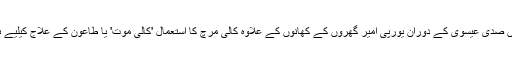
اس مصالحے کا یورپ میں استعمال رومن دور میں شروع ہوا تھا البتہ پندرویں صدی عیسوی کے دوران یورپی امیر گھروں کے کھانوں کے علاوہ کالی مرچ کا استعمال 'کالی موت' یا طاعون کے علاج کیلیے بھی شروع ہوگیا جسکے پھیلنے سے وہاں لوگ بڑی تعداد میں مر رہے تھے۔